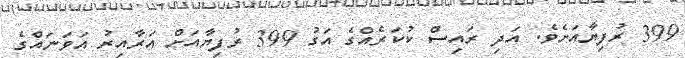
399 ރުފިޔާއަށެވެ. އަދި ރައިސް ކުކަރެއްގެ އަގު 399 ރުފިޔާއަށް އަރާއިރު އަވަނައްގެ